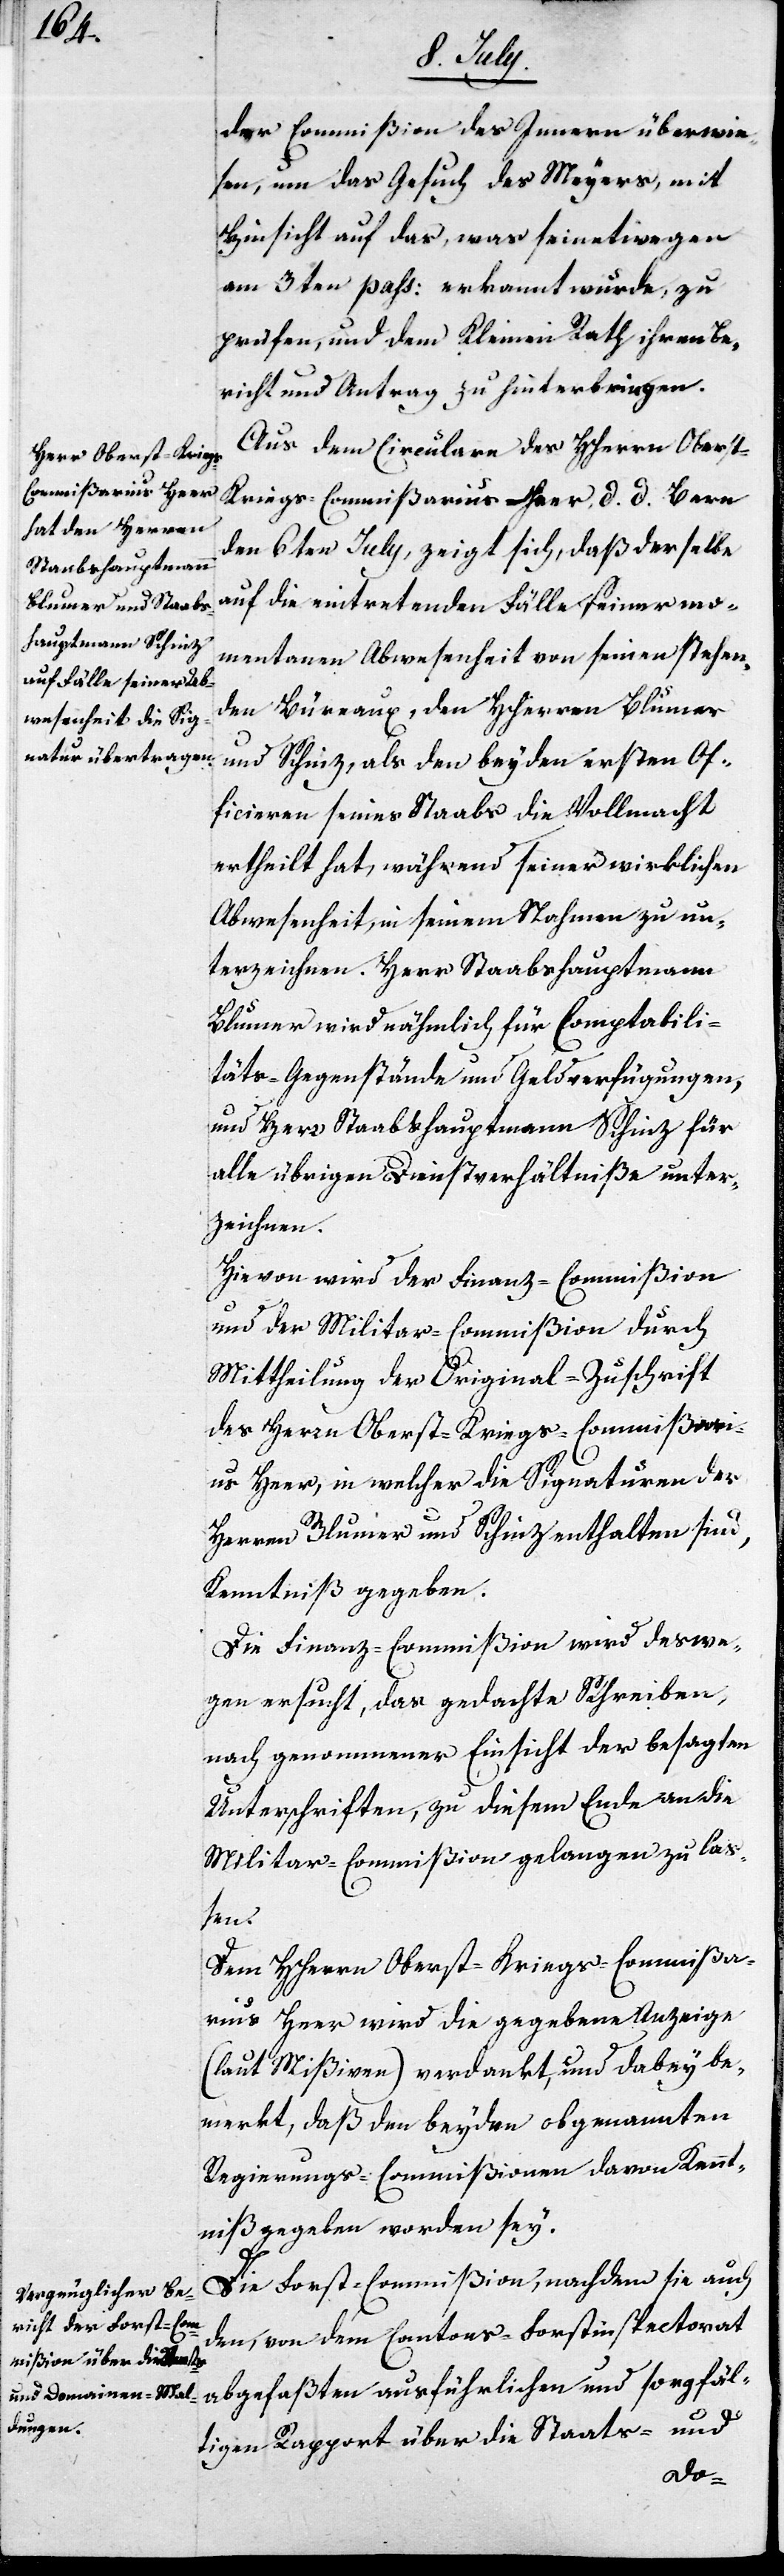
der Commißion des Inneren überwei¬
sen, um das Gesuch des Meyers, mit
Hinsicht auf das, was seinetwegen
am 3ten pass. erkannt wurde, zu
prüfen, und dem Kleinen Rath ihren Be¬
richt und Antrag zu hinterbringen.
Aus dem Circulare des HHerren Obers¬
t-Kriegs-Commißarius Heer, d. d. Bern
den 6ten July, zeigt sich, daß derselbe
auf die eintretenden Fälle seiner mo¬
mentanen Abwesenheit von seinen stehen¬
den Bureaux, den HHerren Blumer
und Schinz, als den beyden ersten Of¬
ficieren seines Staabs die Vollmacht
ertheilt hat, während seiner wirklichen
Abwesenheit, in seinem Nahmen zu un¬
terzeichnen. Herr Staabshauptmann
Blumer wird nämlich für Comptablili¬
täts-Gegenstände und Geldverfügungen,
und Herr Staabshauptmann Schinz für
alle übrigen Dienstverhältniße unter¬
zeichnen.
Hievon wird der Finanz-Commißion
und der Militar-Commißion durch
Mittheilung der Original-Zuschrift
des Herrn Oberst-Kriegs-Commißari¬
us Heer, in welcher die Signaturen der
Herren Blumer und Schinz enthalten sind,
Kenntniß gegeben.
Die Finanz-Commißion wird deswe¬
gen ersucht, das gedachte Schreiben,
nach genommener Einsicht der besagten
Unterschriften, zu diesem Ende an die
Militar-Commißion gelangen zu laß¬
en.
Dem HHerren Oberst-Kriegs-Commißa¬
rius Heer wird die gegen Anzeige
(laut Mißiven) verdankt, und dabey be¬
merkt, daß den beyden obgenannten
Regierungs-Commißionen davon Kennt¬
niß gegeben worden sey.
Die Forst-Commißion, nachdem sie auch
den, von dem Cantons-Forstinspectorat
abgefaßten ausführlichen und sorgfäl¬
tigen Rapport über die Staats- und